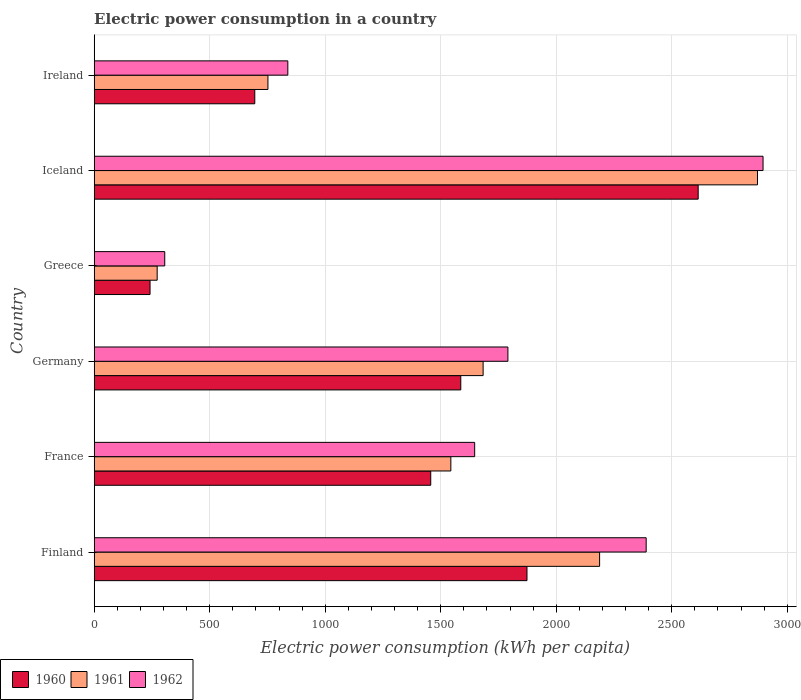
| Country | 1960 | 1961 | 1962 |
 | --- | --- | --- | --- |
 | Finland | 1.87e+03 | 2.19e+03 | 2.39e+03 |
 | France | 1.46e+03 | 1.54e+03 | 1.65e+03 |
 | Germany | 1.59e+03 | 1.68e+03 | 1.79e+03 |
 | Greece | 242 | 273 | 305 |
 | Iceland | 2.61e+03 | 2.87e+03 | 2.9e+03 |
 | Ireland | 695 | 752 | 838 |